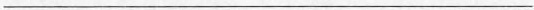
___